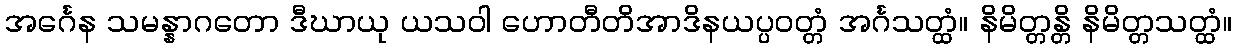
အင်္ဂေန သမန္နာဂတော ဒီဃာယု ယသဝါ ဟောတီတိအာဒိနယပ္ပဝတ္တံ အင်္ဂသတ္ထံ။ နိမိတ္တန္တိ နိမိတ္တသတ္ထံ။